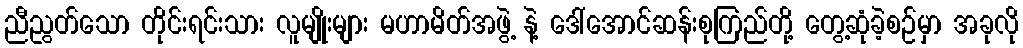
ညီညွတ်သော တိုင်းရင်းသား လူမျိုးများ မဟာမိတ်အဖွဲ့ နဲ့ ဒေါ်အောင်ဆန်းစုကြည်တို့ တွေ့ဆုံခဲ့စဉ်မှာ အခုလို